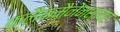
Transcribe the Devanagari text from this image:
क्लैकमैनेनशायर